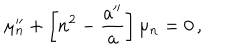
\mu _ { n } ^ { \prime \prime } + \left[ n ^ { 2 } - \frac { a ^ { \prime \prime } } { a } \right] \mu _ { n } = 0 \, ,